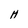
Character: H